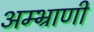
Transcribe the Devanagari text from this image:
अम्भ्राणी